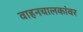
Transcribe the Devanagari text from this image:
वाहनचालकांवर